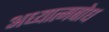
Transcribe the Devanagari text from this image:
अध्यात्मबोध